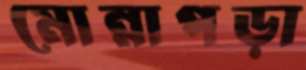
মোন্নাপড়া